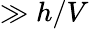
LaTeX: \gg h/V